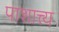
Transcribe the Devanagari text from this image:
पाशात्त्य